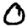
Digit: 0